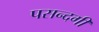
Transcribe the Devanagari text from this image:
पसन्दगी